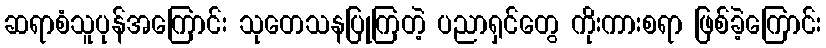
ဆရာစံသူပုန်အကြောင်း သုတေသနပြုကြတဲ့ ပညာရှင်တွေ ကိုးကားစရာ ဖြစ်ခဲ့ကြောင်း